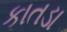
કાતડા